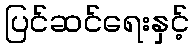
ပြင်ဆင်ရေးနှင့်